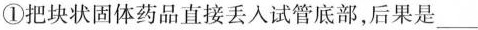
①把块状固体药品直接丢人试管底部，后果是___